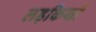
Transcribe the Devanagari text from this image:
लड़कियों